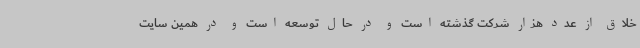
خلاق از عدد هزار شرکت گذشته است و در حال توسعه است و در همین سایت